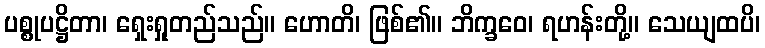
ပစ္စုပဋ္ဌိတာ၊ ရှေးရှုတည်သည်။ ဟောတိ၊ ဖြစ်၏။ ဘိက္ခဝေ၊ ရဟန်းတို့။ သေယျထပိ၊